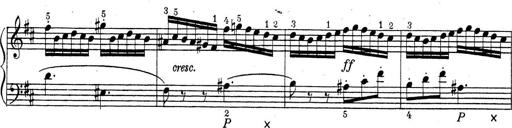
Title: ÄŒeskÃ© Sonatiny
Composer: Various